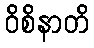
ဝိစိနာတိ